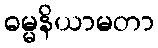
ဓမ္မနိယာမတာ